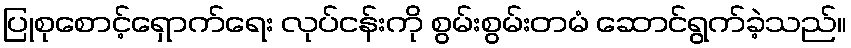
ပြုစုစောင့်ရှောက်ရေး လုပ်ငန်းကို စွမ်းစွမ်းတမံ ဆောင်ရွက်ခဲ့သည်။